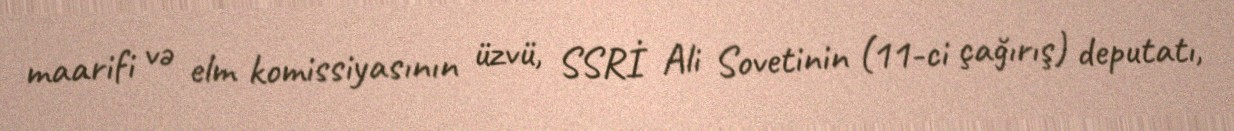
maarifi və elm komissiyasının üzvü, SSRİ Ali Sovetinin (11-ci çağırış) deputatı,